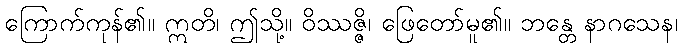
ကြောက်ကုန်၏။ ဣတိ၊ ဤသို့။ ဝိဿဇ္ဇိ၊ ဖြေတော်မူ၏။ ဘန္တေ နာဂသေန၊